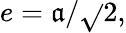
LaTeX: e=\mathfrak{a}/{\sqrt{}{{2}}},